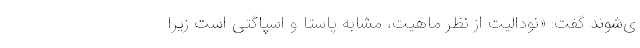
ی‌شوند گفت: «نودالیت از نظر ماهیت، مشابه پاستا و اسپاگتی است زیرا